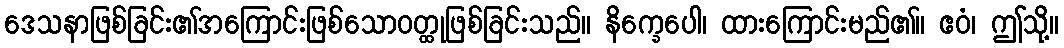
ဒေသနာဖြစ်ခြင်း၏အကြောင်းဖြစ်သောဝတ္ထုဖြစ်ခြင်းသည်။ နိက္ခေပေါ၊ ထားကြောင်းမည်၏။ ဧဝံ၊ ဤသို့။